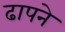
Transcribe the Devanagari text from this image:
ढापने